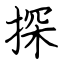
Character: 探